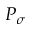
P _ { \sigma }